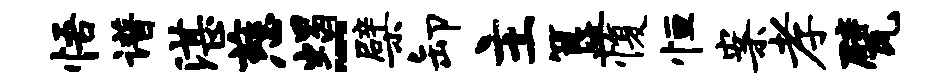
悟谱湛慈蝎-檗卸主簋愎恒案孝甓